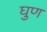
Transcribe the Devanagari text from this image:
घुण